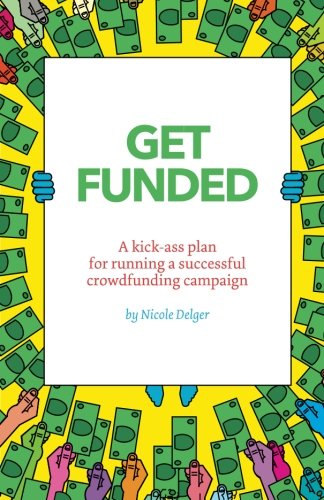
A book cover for Get Funded: A kick-ass plan for running a successful crowdfunding campaign.; Nicole Delger; Business & Money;